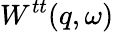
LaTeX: W^{tt}(q,\omega)